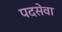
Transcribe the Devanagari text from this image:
पदसेवा